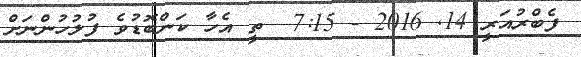
ފެބްރުއަރީ 14